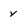
Character: Y